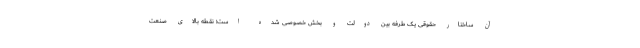
آن ساختار حقوقی یک طرفه بین دولت و بخش خصوصی شده است؛ نقطه بالای صنعت